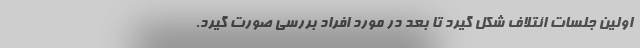
اولین جلسات ائتلاف شکل گیرد تا بعد در مورد افراد بررسی صورت گیرد.